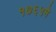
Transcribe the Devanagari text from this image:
१७६५मे